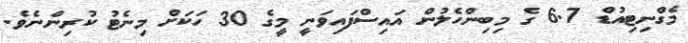
މެގްނިޓިއުޑް 6.7 ގެ މިބިންހެލުން އައިސްފައިވަނީ މީގެ 30 ހަކަށް މިނެޓު ކުރިންނެވެ.